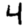
Digit: 4